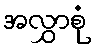
အလွှာစုံ